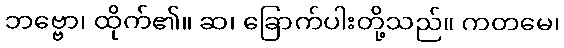
ဘဗ္ဗော၊ ထိုက်၏။ ဆ၊ ခြောက်ပါးတို့သည်။ ကတမေ၊